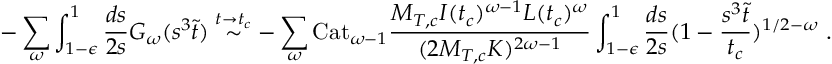
- \sum _ { \omega } \int _ { 1 - \epsilon } ^ { 1 } \frac { d s } { 2 s } G _ { \omega } ( s ^ { 3 } \tilde { t } ) \stackrel { t \rightarrow t _ { c } } { \sim } - \sum _ { \omega } \mathrm { C a t } _ { \omega - 1 } \frac { M _ { T , c } I ( t _ { c } ) ^ { \omega - 1 } L ( t _ { c } ) ^ { \omega } } { ( 2 M _ { T , c } K ) ^ { 2 \omega - 1 } } \int _ { 1 - \epsilon } ^ { 1 } \frac { d s } { 2 s } ( 1 - \frac { s ^ { 3 } \tilde { t } } { t _ { c } } ) ^ { 1 / 2 - \omega } \mathrm { ~ . }